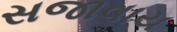
સજાવાય